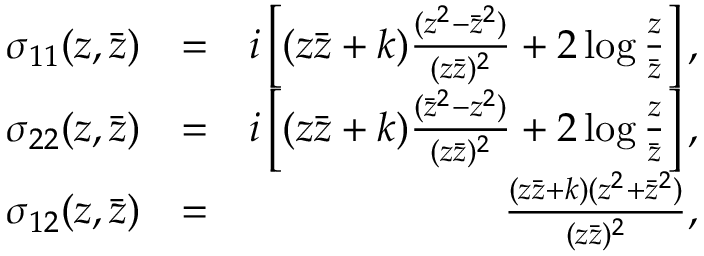
\begin{array} { r l r } { \sigma _ { 1 1 } ( z , \bar { z } ) } & { = } & { i \left[ ( z \bar { z } + k ) \frac { ( z ^ { 2 } - \bar { z } ^ { 2 } ) } { ( z \bar { z } ) ^ { 2 } } + 2 \log { \frac { z } { \bar { z } } } \right] , } \\ { \sigma _ { 2 2 } ( z , \bar { z } ) } & { = } & { i \left[ ( z \bar { z } + k ) \frac { ( \bar { z } ^ { 2 } - z ^ { 2 } ) } { ( z \bar { z } ) ^ { 2 } } + 2 \log { \frac { z } { \bar { z } } } \right] , } \\ { \sigma _ { 1 2 } ( z , \bar { z } ) } & { = } & { \frac { ( z \bar { z } + k ) ( z ^ { 2 } + \bar { z } ^ { 2 } ) } { ( z \bar { z } ) ^ { 2 } } , } \end{array}